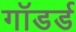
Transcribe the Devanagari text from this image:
गॉडर्ड